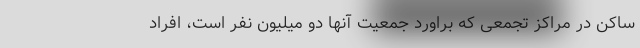
ساکن در مراکز تجمعی که براورد جمعیت آنها دو میلیون نفر است، افراد